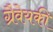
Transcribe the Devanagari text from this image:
ग्रैवेयकी